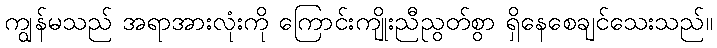
ကျွန်မသည် အရာအားလုံးကို ကြောင်းကျိုးညီညွတ်စွာ ရှိနေစေချင်သေးသည်။